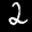
Label: 2